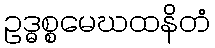
ဥဒ္ဓစ္စမေဃထနိတံ